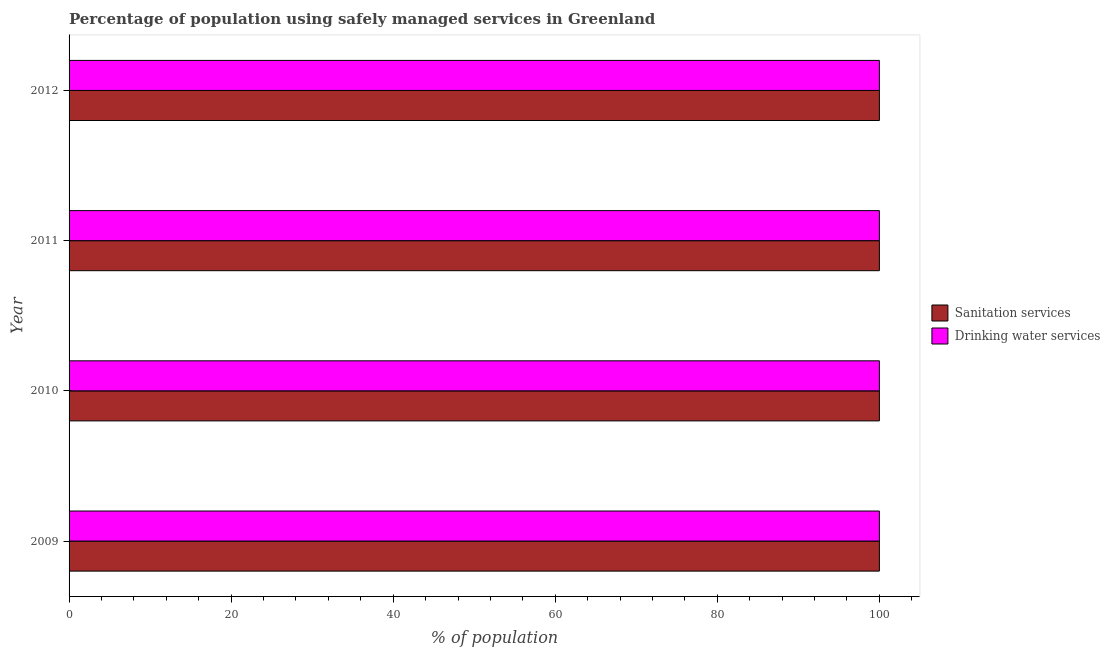
| Year | Sanitation services | Drinking water services |
 | --- | --- | --- |
 | 2009 | 100 | 100 |
 | 2010 | 100 | 100 |
 | 2011 | 100 | 100 |
 | 2012 | 100 | 100 |